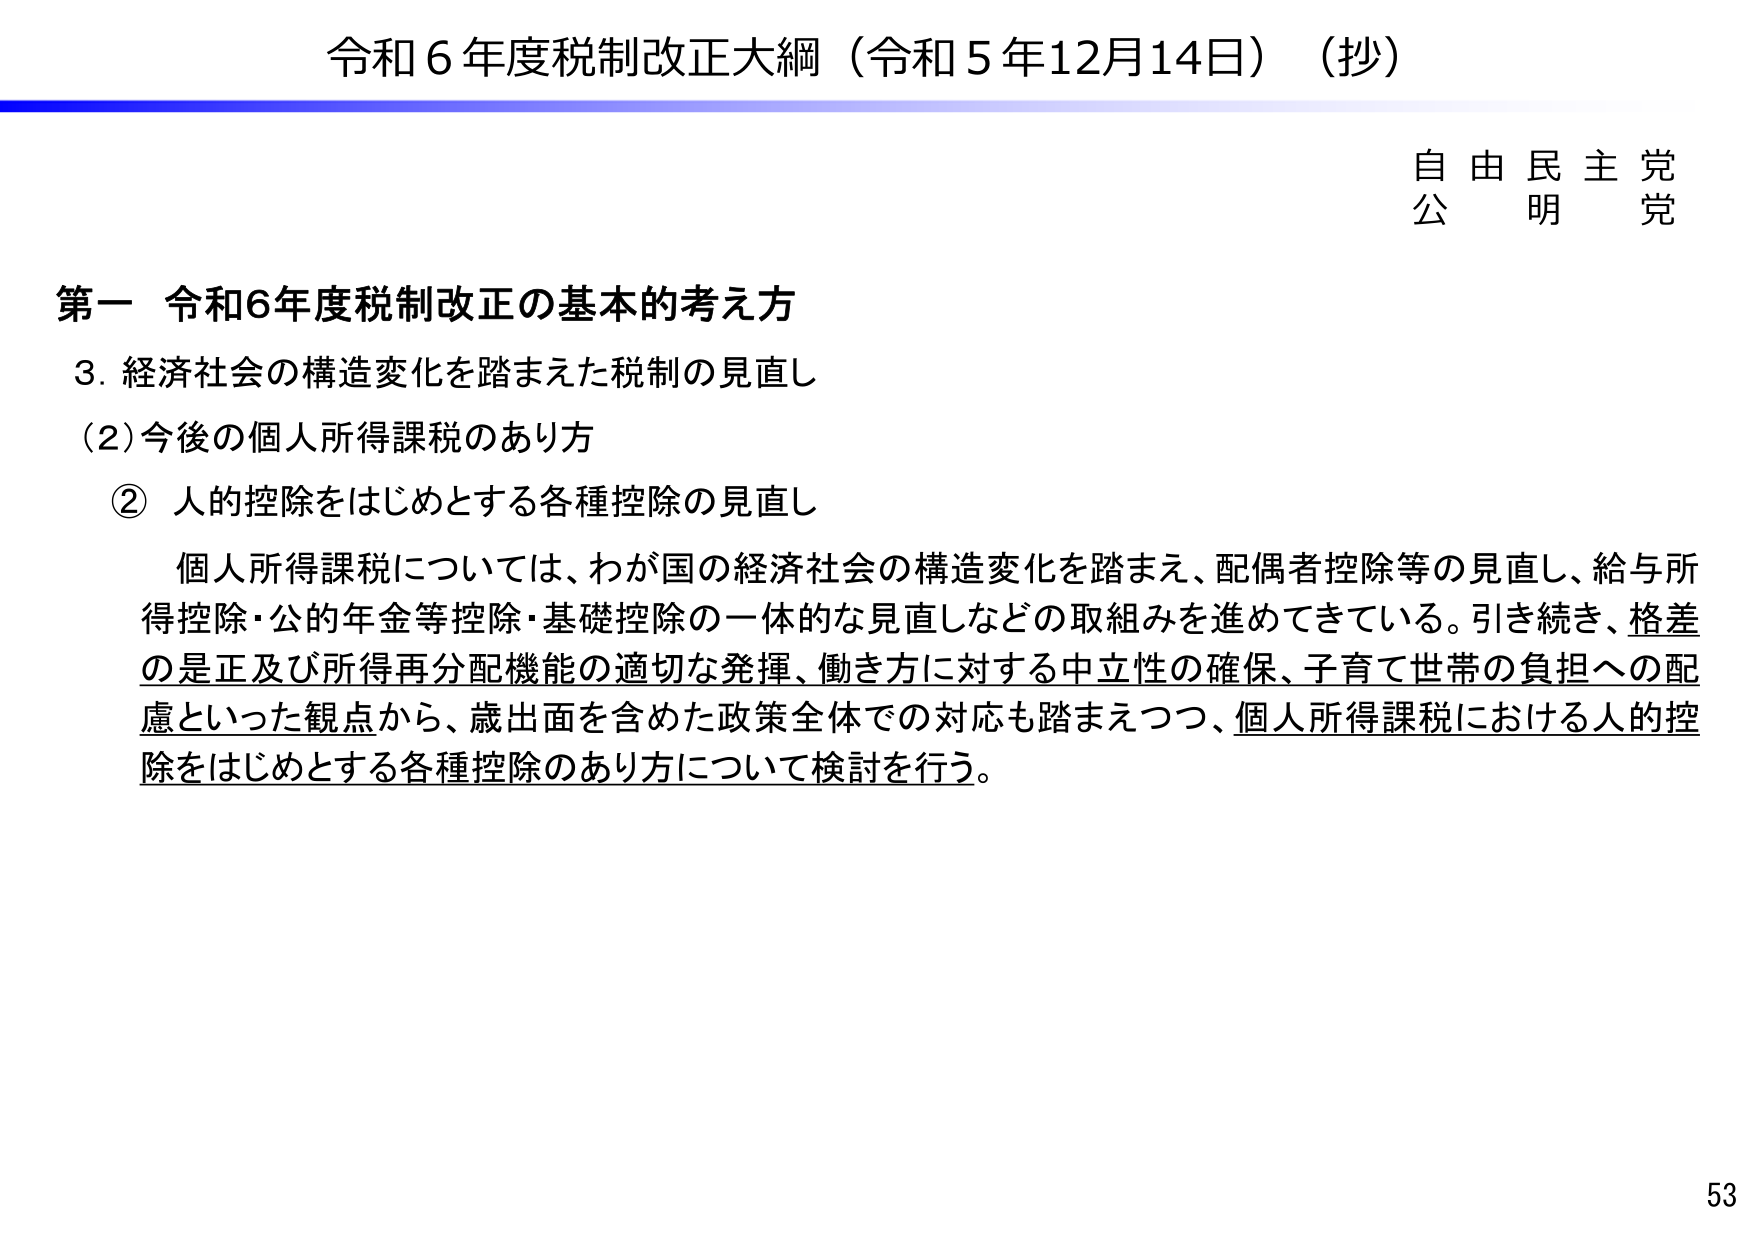
令和６年度税制改正大綱（令和５年12月14日）（抄）

自由民主党
公明党

第一 令和6年度税制改正の基本的考え方
3. 経済社会の構造変化を踏まえた税制の見直し
(2) 今後の個人所得課税のあり方
② 人的控除をはじめとする各種控除の見直し

個人所得課税については、わが国の経済社会の構造変化を踏まえ、配偶者控除等の見直し、給与所得控除・公的年金等控除・基礎控除の一体的な見直しなどの取組みを進めてきている。引き続き、格差の是正及び所得再分配機能の適切な発揮、働き方に対する中立性の確保、子育て世帯の負担への配慮といった観点から、歳出面を含めた政策全体での対応も踏まえつつ、個人所得課税における人的控除をはじめとする各種控除のあり方について検討を行う。

53